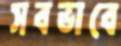
সবভাবে